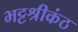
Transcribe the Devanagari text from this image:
भट्टश्रीकंठ